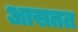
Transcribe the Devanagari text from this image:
आसतत